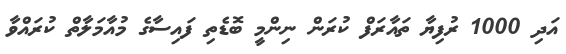
އަދި 1000 ރުފިޔާ ތައާރަފް ކުރަން ނިންމީ ބޮޑެތި ފައިސާގެ މުއާމަލާތް ކުރައްވާ